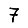
Digit: 7